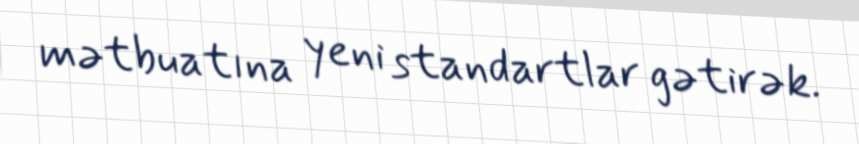
mətbuatına yeni standartlar gətirək.